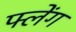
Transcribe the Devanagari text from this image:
फ्लेंग